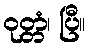
ဝုတ္တံ၊ ပြီ။